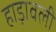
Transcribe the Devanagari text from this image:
हाड़ावली